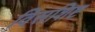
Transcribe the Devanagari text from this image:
विसशिष्ट